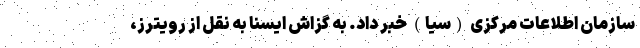
سازمان اطلاعات مرکزی (سیا) خبر داد. به گزاش ایسنا به نقل از رویترز،